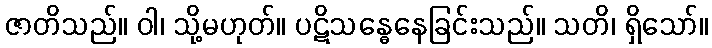
ဇာတိသည်။ ဝါ၊ သို့မဟုတ်။ ပဋိသန္ဓေနေခြင်းသည်။ သတိ၊ ရှိသော်။